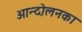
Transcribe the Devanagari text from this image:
आन्दोलनका